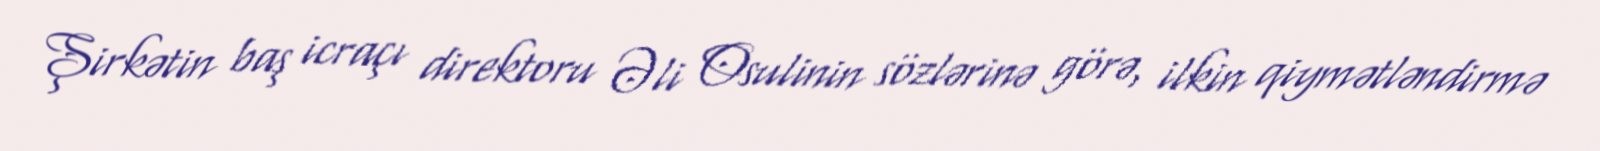
Şirkətin baş icraçı direktoru Əli Osulinin sözlərinə görə, ilkin qiymətləndirmə